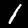
Digit: 1